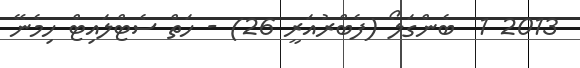
2013 1  ބެންގަލޯ (ފެބްރުއަރީ 26) - ހަތް ސެޓްލައިޓް ހިމެނޭ